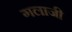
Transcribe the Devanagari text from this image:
गलाजी